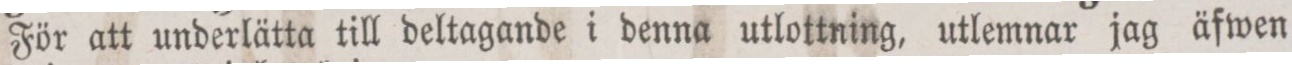
För att underlätta till deltagande i denna utlottning, utlemnar jag äfwen